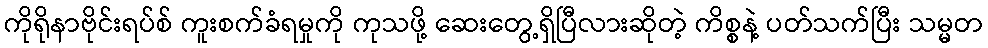
ကိုရိုနာဗိုင်းရပ်စ် ကူးစက်ခံရမှုကို ကုသဖို့ ဆေးတွေ့ရှိပြီလားဆိုတဲ့ ကိစ္စနဲ့ ပတ်သက်ပြီး သမ္မတ